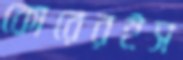
কোরেরইস